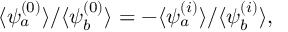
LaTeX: \langle \psi _ { a } ^ { ( 0 ) } \rangle / \langle \psi _ { b } ^ { ( 0 ) } \rangle = - \langle \psi _ { a } ^ { ( i ) } \rangle / \langle \psi _ { b } ^ { ( i ) } \rangle ,